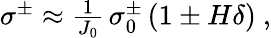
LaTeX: \begin{array}{r}{\sigma^{\pm}\approx\frac{1}{J_{0}}\, \sigma_{0}^{\pm}\left(1\pm H\delta\right)~,}\end{array}